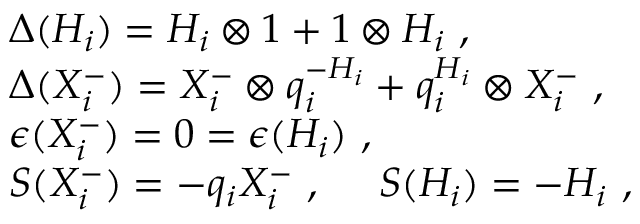
\begin{array} { l } { { \Delta ( H _ { i } ) = H _ { i } \otimes 1 + 1 \otimes H _ { i } ~ , } } \\ { { \Delta ( X _ { i } ^ { - } ) = X _ { i } ^ { - } \otimes q _ { i } ^ { - H _ { i } } + q _ { i } ^ { H _ { i } } \otimes X _ { i } ^ { - } ~ , } } \\ { { \epsilon ( X _ { i } ^ { - } ) = 0 = \epsilon ( H _ { i } ) ~ , } } \\ { { S ( X _ { i } ^ { - } ) = - q _ { i } X _ { i } ^ { - } ~ , ~ ~ ~ ~ S ( H _ { i } ) = - H _ { i } ~ , } } \end{array}